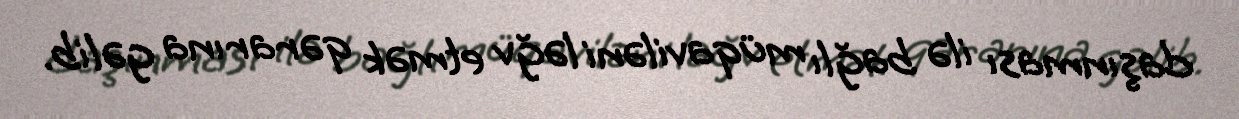
daşınması ilə bağlı müqaviləni ləğv etmək qərarına gəlib.